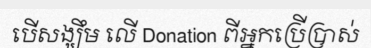
បើសង្ឃឹម លើ Donation ពីអ្នកប្រើប្រាស់